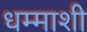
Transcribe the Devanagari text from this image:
धम्माशी